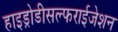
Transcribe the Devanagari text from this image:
हाइड्रोडीसल्फराईजेशन